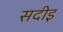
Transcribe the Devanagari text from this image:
सदीइ